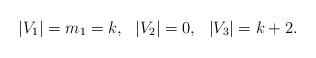
LaTeX: \begin{align*}|V_1| = m_1 =k, \ \ |V_2|=0,\ \ |V_3|=k+2. \end{align*}